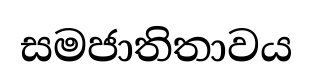
සමජාතිතාවය